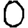
Digit: 0